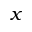
x